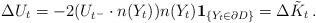
LaTeX: \begin{align*}\Delta U_t=-2(U_{t^-}\cdot n(Y_t))n(Y_t)\textbf{1}_{\{Y_t\in \partial D\}}=\Delta \tilde K_t\,.\end{align*}